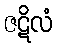
ဇဋိလံ